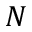
N